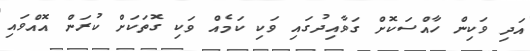
އަދި ވަކިން ހާއްސަކޮށް ގަވާއިދުގައި ވަކި ކަމެއް ވަކި ގޮތަކަށް ކުރަން އޮއްވައި